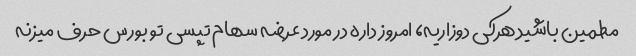
مطمین باشید هرکی دوزاریه، امروز داره در مورد عرضه سهام تپسی تو بورس حرف میزنه